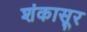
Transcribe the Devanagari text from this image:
शंकासूर